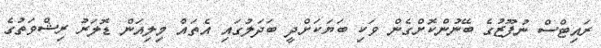
ރައިޓްސް ނުފޫޒުގެ ބޭނުންކޮށްގެން ވަކި ބަޔަކަށްދީ ބަދަލުގައި އެތައް މިލިއަން ޑޮލަރު ރިޝްވަތުގެ